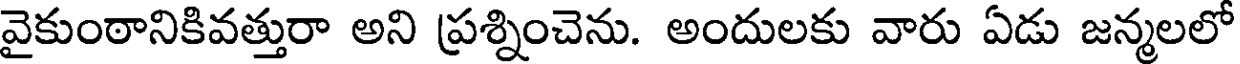
వైకుంఠానికివత్తురా అని ప్రశ్నించెను. అందులకు వారు ఏడు జన్మలలో